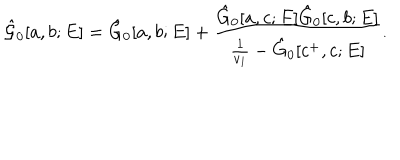
\hat { { \cal G } } _ { 0 } [ a , b ; E ] = \hat { G } _ { 0 } [ a , b ; E ] + \frac { \hat { G } _ { 0 } [ a , c ; E ] \hat { G } _ { 0 } [ c , b ; E ] } { \frac { 1 } { v _ { 1 } } - \hat { G } _ { 0 } [ c ^ { + } , c ; E ] } .